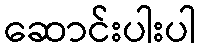
ဆောင်းပါးပါ